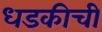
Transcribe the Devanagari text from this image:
धडकीची